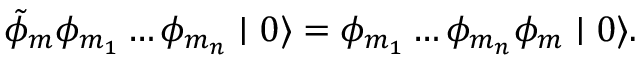
\tilde { \phi } _ { m } \phi _ { m _ { 1 } } \ldots \phi _ { m _ { n } } \mid 0 \rangle = \phi _ { m _ { 1 } } \ldots \phi _ { m _ { n } } \phi _ { m } \mid 0 \rangle .